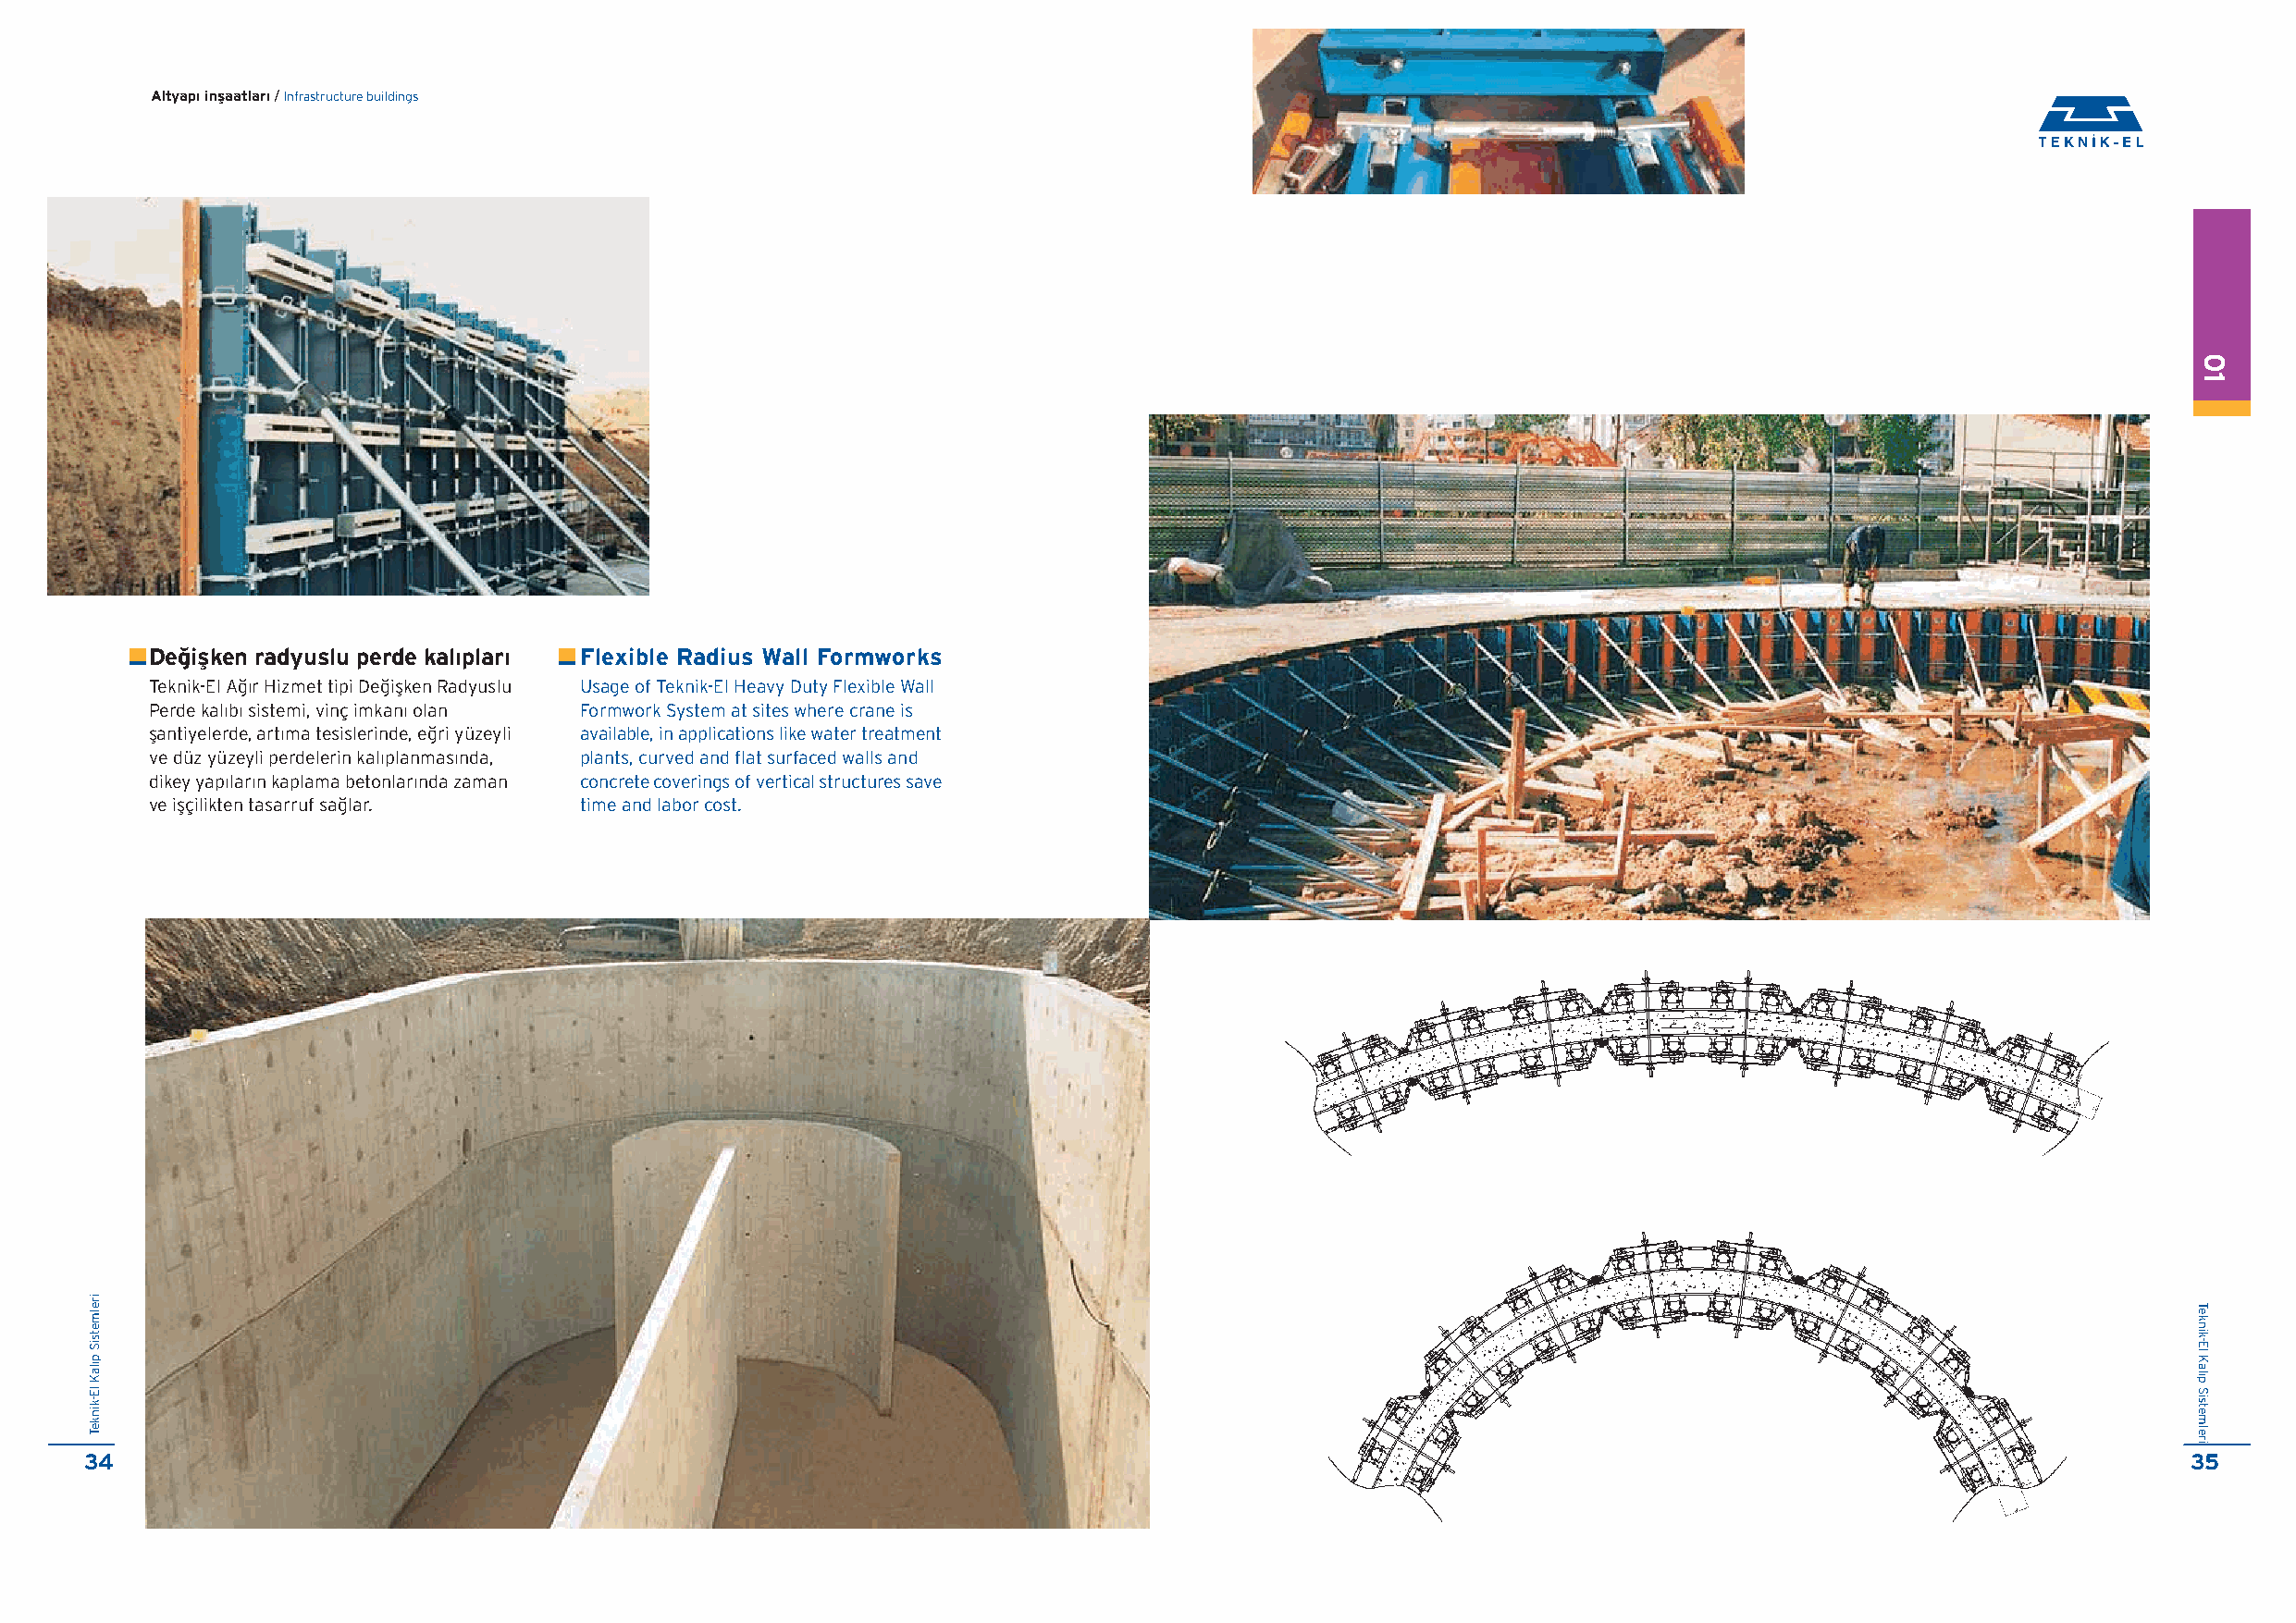
Altyap› inflaatlar› / Infrastructure buildings
 De¤iflken radyuslu perde kal›plar› Flexible Radius Wall Formworks
 Teknik-El A¤ır Hizmet tipi De¤iflken Radyuslu Usage of Teknik-El Heavy Duty Flexible Wall
 Perde kalıbı sistemi, vinç imkanı olan Formwork System at sites where crane is
 flantiyelerde, artıma tesislerinde, e¤ri yüzeyli available, in applications like water treatment
 ve düz yüzeyli perdelerin kalıplanmasında, plants, curved and flat surfaced walls and
 dikey yapıların kaplama betonlarında zaman concrete coverings of vertical structures save
 ve iflçilikten tasarruf sa¤lar. time and labor cost.
 34                                                                                                                                                     35
 irelmetsiS
 p›laK
 lE-kinkeT
 01
 Teknik-El
 Kal›p
 Sistemleri